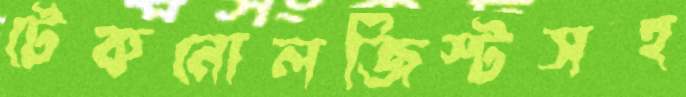
টেকনোলজিস্টসহ